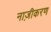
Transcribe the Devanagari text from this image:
नाज़ीकरण